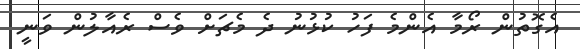
އެގޮތުން ރޯމާ އެންމެ ފަހު ކުޅުނު ދެ މެޗަށް ވެސް ރެއާލުން ވަނީ